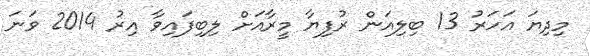
މިދިޔަ އަހަރު 13 ބިލިއަން ރުފިޔާ މީރާއަށް ލިބިފައިވާ އިރު 2014 ވަނަ